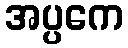
အပ္ပကေ